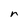
Character: r